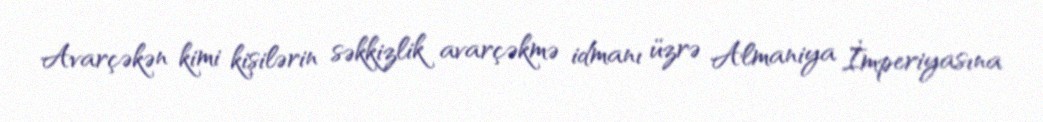
Avarçəkən kimi kişilərin səkkizlik avarçəkmə idmanı üzrə Almaniya İmperiyasına